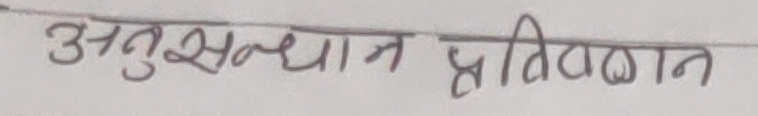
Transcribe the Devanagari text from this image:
अनुसन्धान प्रतिवेदन